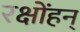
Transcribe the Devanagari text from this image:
रक्षोंहन्